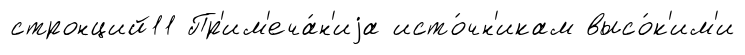
стронций11 Пр'им'еча́н'иjа исто́чн'икам высо́к'им'и